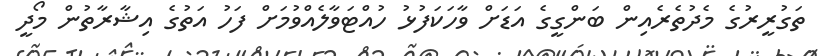
ތަގުރީރުގެ މެދުތެރެއިން ބަންގީގެ އަޑަށް ވާހަކަފުޅު ހުއްޓަވާލެއްވުމަށް ފަހު އަތުގެ އިޝާރާތުން މޯދީ